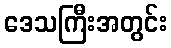
ဒေသကြီးအတွင်း